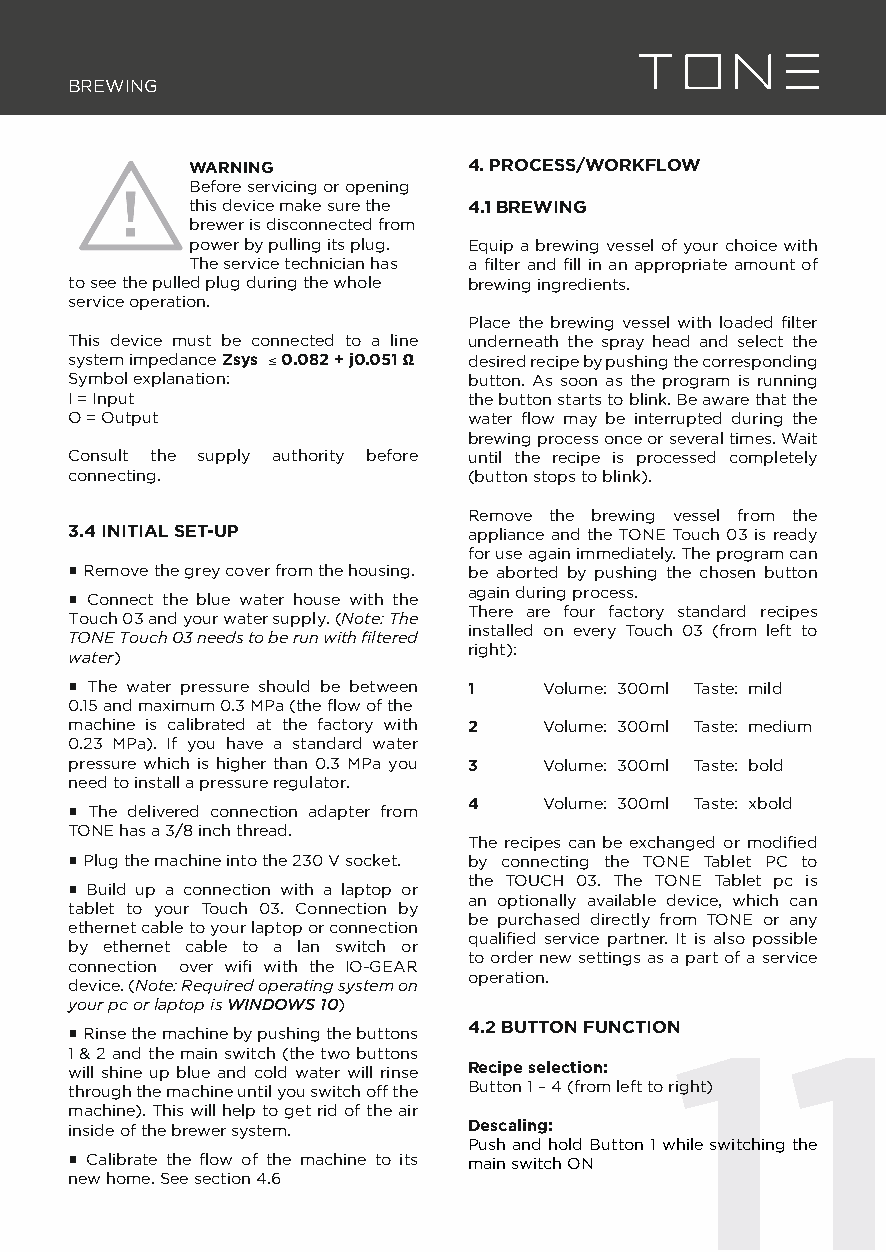
BREWING
 WARNING           4. PROCESS/WORKFLOW
 Before servicing or opening
 this device make sure the 4.1 BREWING
 brewer is disconnected from
 power by pulling its plug. Equip a brewing vessel of your choice with
 The service technician has a fi lter and fi ll in an appropriate amount of
 to see the pulled plug during the whole brewing ingredients.
 service operation.
 Place the brewing vessel with loaded fi lter
 This device must be connected to a line underneath the spray head and select the
 system impedance Zsys ≤ 0.082 + j0.051 Ω desired recipe by pushing the corresponding
 Symbol explanation:       button. As soon as the program is running
 I = Input                 the button starts to blink. Be aware that the
 O = Output                water fl ow may be interrupted during the
 brewing process once or several times. Wait
 Consult the supply authority before until the recipe is processed completely
 connecting.               (button stops to blink).
 Remove the brewing vessel from the
 3.4 INITIAL SET-UP        appliance and the TONE Touch 03 is ready
 for use again immediately. The program can
 ▪ Remove the grey cover from the housing. be aborted by pushing the chosen button
 again during process.
 ▪ Connect the blue water house with the
 There are four factory standard recipes
 Touch 03 and your water supply. (Note: The
 installed on every Touch 03 (from left to
 TONE Touch 03 needs to be run with fi ltered
 right):
 water)
 ▪ The water pressure should be between 1 Volume: 300ml Taste: mild
 0.15 and maximum 0.3 MPa (the fl ow of the
 machine is calibrated at the factory with 2 Volume: 300ml Taste: medium
 0.23 MPa). If you have a standard water
 pressure which is higher than 0.3 MPa you 3 Volume: 300ml Taste: bold
 need to install a pressure regulator.
 4    Volume: 300ml Taste: xbold
 ▪ The delivered connection adapter from
 TONE has a 3/8 inch thread.
 The recipes can be exchanged or modifi ed
 ▪ Plug the machine into the 230 V socket. by connecting the TONE Tablet PC to
 the TOUCH 03. The TONE Tablet pc is
 ▪ Build up a connection with a laptop or
 an optionally available device, which can
 tablet to your Touch 03. Connection by
 be purchased directly from TONE or any
 ethernet cable to your laptop or connection
 qualifi ed service partner. It is also possible
 by ethernet cable to a lan switch or
 to order new settings as a part of a service
 connection over wifi with the IO-GEAR
 operation.
 device. (Note: Required operating system on
 your pc or laptop is WINDOWS 10)
 4.2 BUTTON FUNCTION
 ▪ Rinse the machine by pushing the buttons 11
 1 & 2 and the main switch (the two buttons
 will shine up blue and cold water will rinse Recipe selection:
 through the machine until you switch off the Button 1 – 4 (from left to right)
 machine). This will help to get rid of the air
 inside of the brewer system. Descaling:
 Push and hold Button 1 while switching the
 ▪ Calibrate the fl ow of the machine to its main switch ON
 new home. See section 4.6